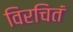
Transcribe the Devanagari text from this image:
विरचितं